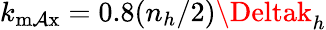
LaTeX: k_{\operatorname*{m\mathcal{A}x}}=0.8(n_{h}/2)\Deltak_{h}